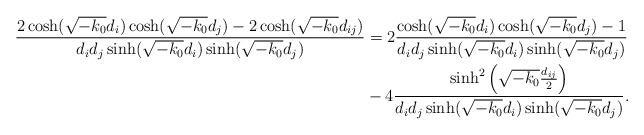
LaTeX: \begin{align*}\frac{2\cosh(\sqrt{-k_0}d_{i})\cosh(\sqrt{-k_0}d_{j})-2\cosh(\sqrt{-k_0}d_{ij})}{d_id_j\sinh(\sqrt{-k_0}d_{i})\sinh(\sqrt{-k_0}d_{j})}&=2\frac{\cosh(\sqrt{-k_0}d_{i})\cosh(\sqrt{-k_0}d_{j})-1}{d_id_j\sinh(\sqrt{-k_0}d_{i})\sinh(\sqrt{-k_0}d_{j})}\\ &-4\frac{\sinh^2\left(\sqrt{-k_0}\frac{d_{ij}}{2}\right)}{d_id_j\sinh(\sqrt{-k_0}d_{i})\sinh(\sqrt{-k_0}d_{j})}.\end{align*}